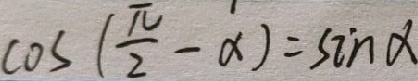
\cos ( \frac { \pi } { 2 } - \alpha ) = \sin \alpha